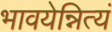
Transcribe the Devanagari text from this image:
भावयेन्नित्यं